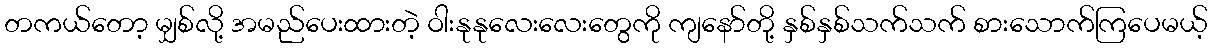
တကယ်တော့ မျှစ်လို့ အမည်ပေးထားတဲ့ ဝါးနုနုလေးလေးတွေကို ကျနော်တို့ နှစ်နှစ်သက်သက် စားသောက်ကြပေမယ့်